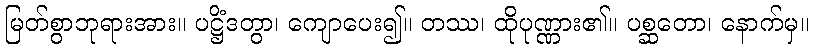
မြတ်စွာဘုရားအား။ ပဋ္ဌိံဒတွာ၊ ကျောပေး၍။ တဿ၊ ထိုပုဏ္ဏား၏။ ပစ္ဆတော၊ နောက်မှ။